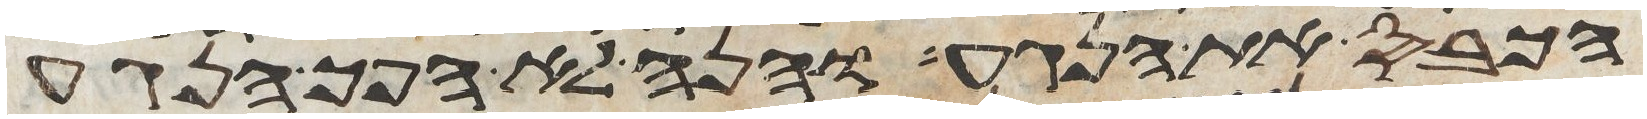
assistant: הכבס את הנגע והנה לא הפך הנגע